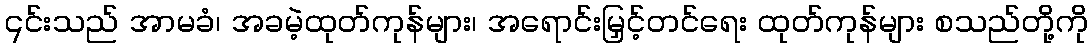
၎င်းသည် အာမခံ၊ အခမဲ့ထုတ်ကုန်များ၊ အရောင်းမြှင့်တင်ရေး ထုတ်ကုန်များ စသည်တို့ကို